Leaving Certificate Examination, 1907
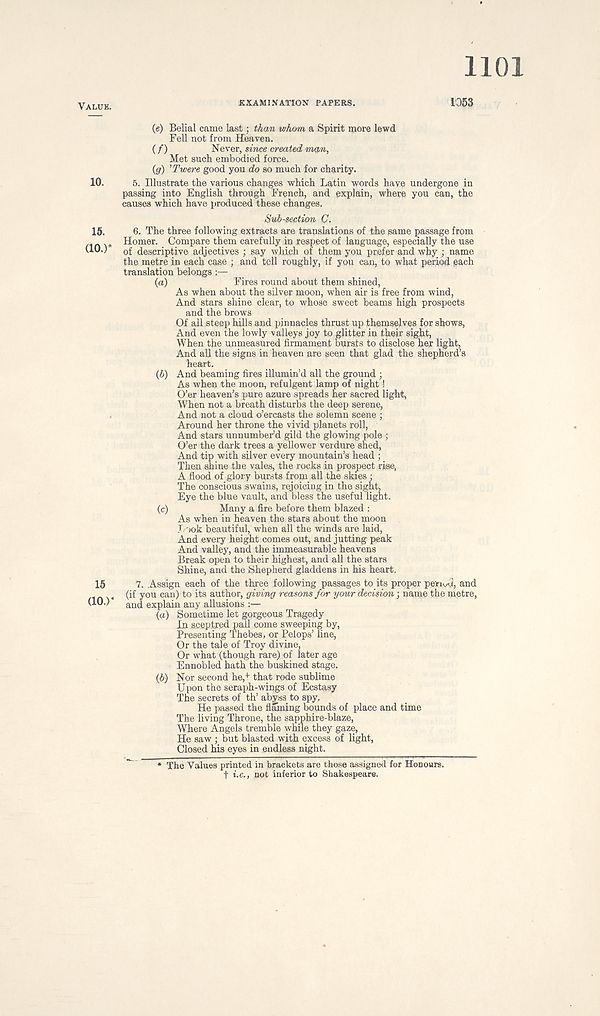
VALUE.
EXAMINATION PAPERS.
1101
1053
(e) Belial came last; than whom a Spirit more lewd
Fell not from Heaven.
( f)
Never, since created mq,n,
Met such embodied force.
(g) ’Twere good you do so much for charity.
10.
5. Illustrate the various changes which Latin words haye undergone in
passing into English through French, and explain, where you can, the
causes which have produced these changes.
Sub-section Q.
15.
6. The three following extracts are translations of the same passage from
Homer. Compare them carefully in respect of language, especially the use
(10.)
0f descriptive adjectives ; say which of them you prefer and why ; name
the metre in each case ; and tell roughly, if you can, to what period each
translation belongs :—
(a)
Fires round about them shined,
As when about the silver moon, when air is free from wind,
And stars shine clear, to whose sweet beams high prospects
and the brows
Of ail steep hills and pinnacles thrust up themselves for shows,
And even the lowly valleys joy to glitter in their sight,
When the unmeasured firmament bursts to disclose her light,
And all the signs in heaven are seen that glad the shepherd’s
heart.
(b) And beaming fires illumin’d all the ground ;
As when the moon, refulgent lamp of night!
O’er heaven’s pure azure spreads her sacred light,
When not a breath disturbs the deep serene,
And not a cloud o’ercasts the solemn scene ;
Around her throne the vivid planets roll,
And stars unnumber’d gild the glowing pole ;
O’er the dark trees a yellower verdure shed,
And tip with silver every mountain’s head ;
Then shine the vales, the rocks in prospect rise,
A flood of glory bursts from all the skies •
The conscious swains, rejoicing in the sight,
Eye the blue vault, and bless the useful light.
(c)
Many a fire before them blazed :
As when in heaven the stars about the moon
T ook beautiful, when all the winds are laid,
And every height comes out, and jutting peak
And valley, and the immeasurable heavens
Break open to their highest, and all the stars
Shine, and the Shepherd gladdens in his heart,
15
7. Assign each of the three following passages to its proper petiuO, and
(if you can) to its author, giving reasons for your decision; name the metre,
(10.)
and explain any allusions :—
{a) Sometime let gorgeous Tragedy
In sceptred pall come sweeping by,
Presenting Thebes, or Pelops’ line,
Or the tale of Troy divine,
Or what (though rare) of later age
Ennobled hath the buskined stage.
{b) Nor second he, + that rode sublime
Upon the seraph-wings of Ecstasy
The secrets of th’ ab^ss to spy.
He passed the flaming bounds of place and time
The living Throne, the sapphire-blaze,
Where Angels tremble while they gaze,
He saw ; but blasted with excess of light,
Closed his eyes in endless night.
^
* The Values printed in brackets are those assigned for Honours,
f i.e., not inferior to Shakespeare.